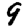
Digit: 9